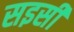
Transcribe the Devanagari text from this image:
सइसी